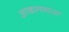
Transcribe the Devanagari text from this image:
आकलनास